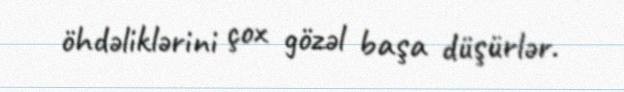
öhdəliklərini çox gözəl başa düşürlər.